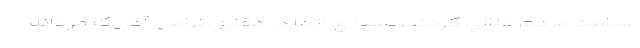
سلامت مردم دلالي كردند. بسياري از ما در مقابل ترامپِ آمريكا مردانه